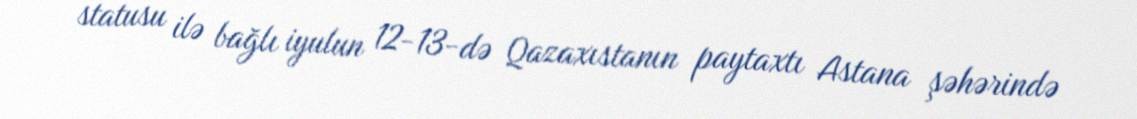
statusu ilə bağlı iyulun 12-13-də Qazaxıstanın paytaxtı Astana şəhərində